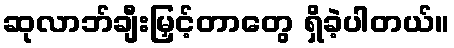
ဆုလာဘ်ချီးမြှင့်တာတွေ ရှိခဲ့ပါတယ်။